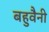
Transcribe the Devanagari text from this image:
बहुवैनी